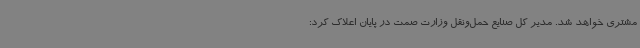
مشتری خواهد شد. مدیر کل صنایع حمل‌ونقل وزارت صمت در پایان اعلاک کرد: